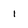
Character: 1